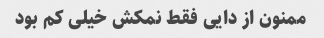
ممنون از دایی فقط نمکش خیلی کم بود